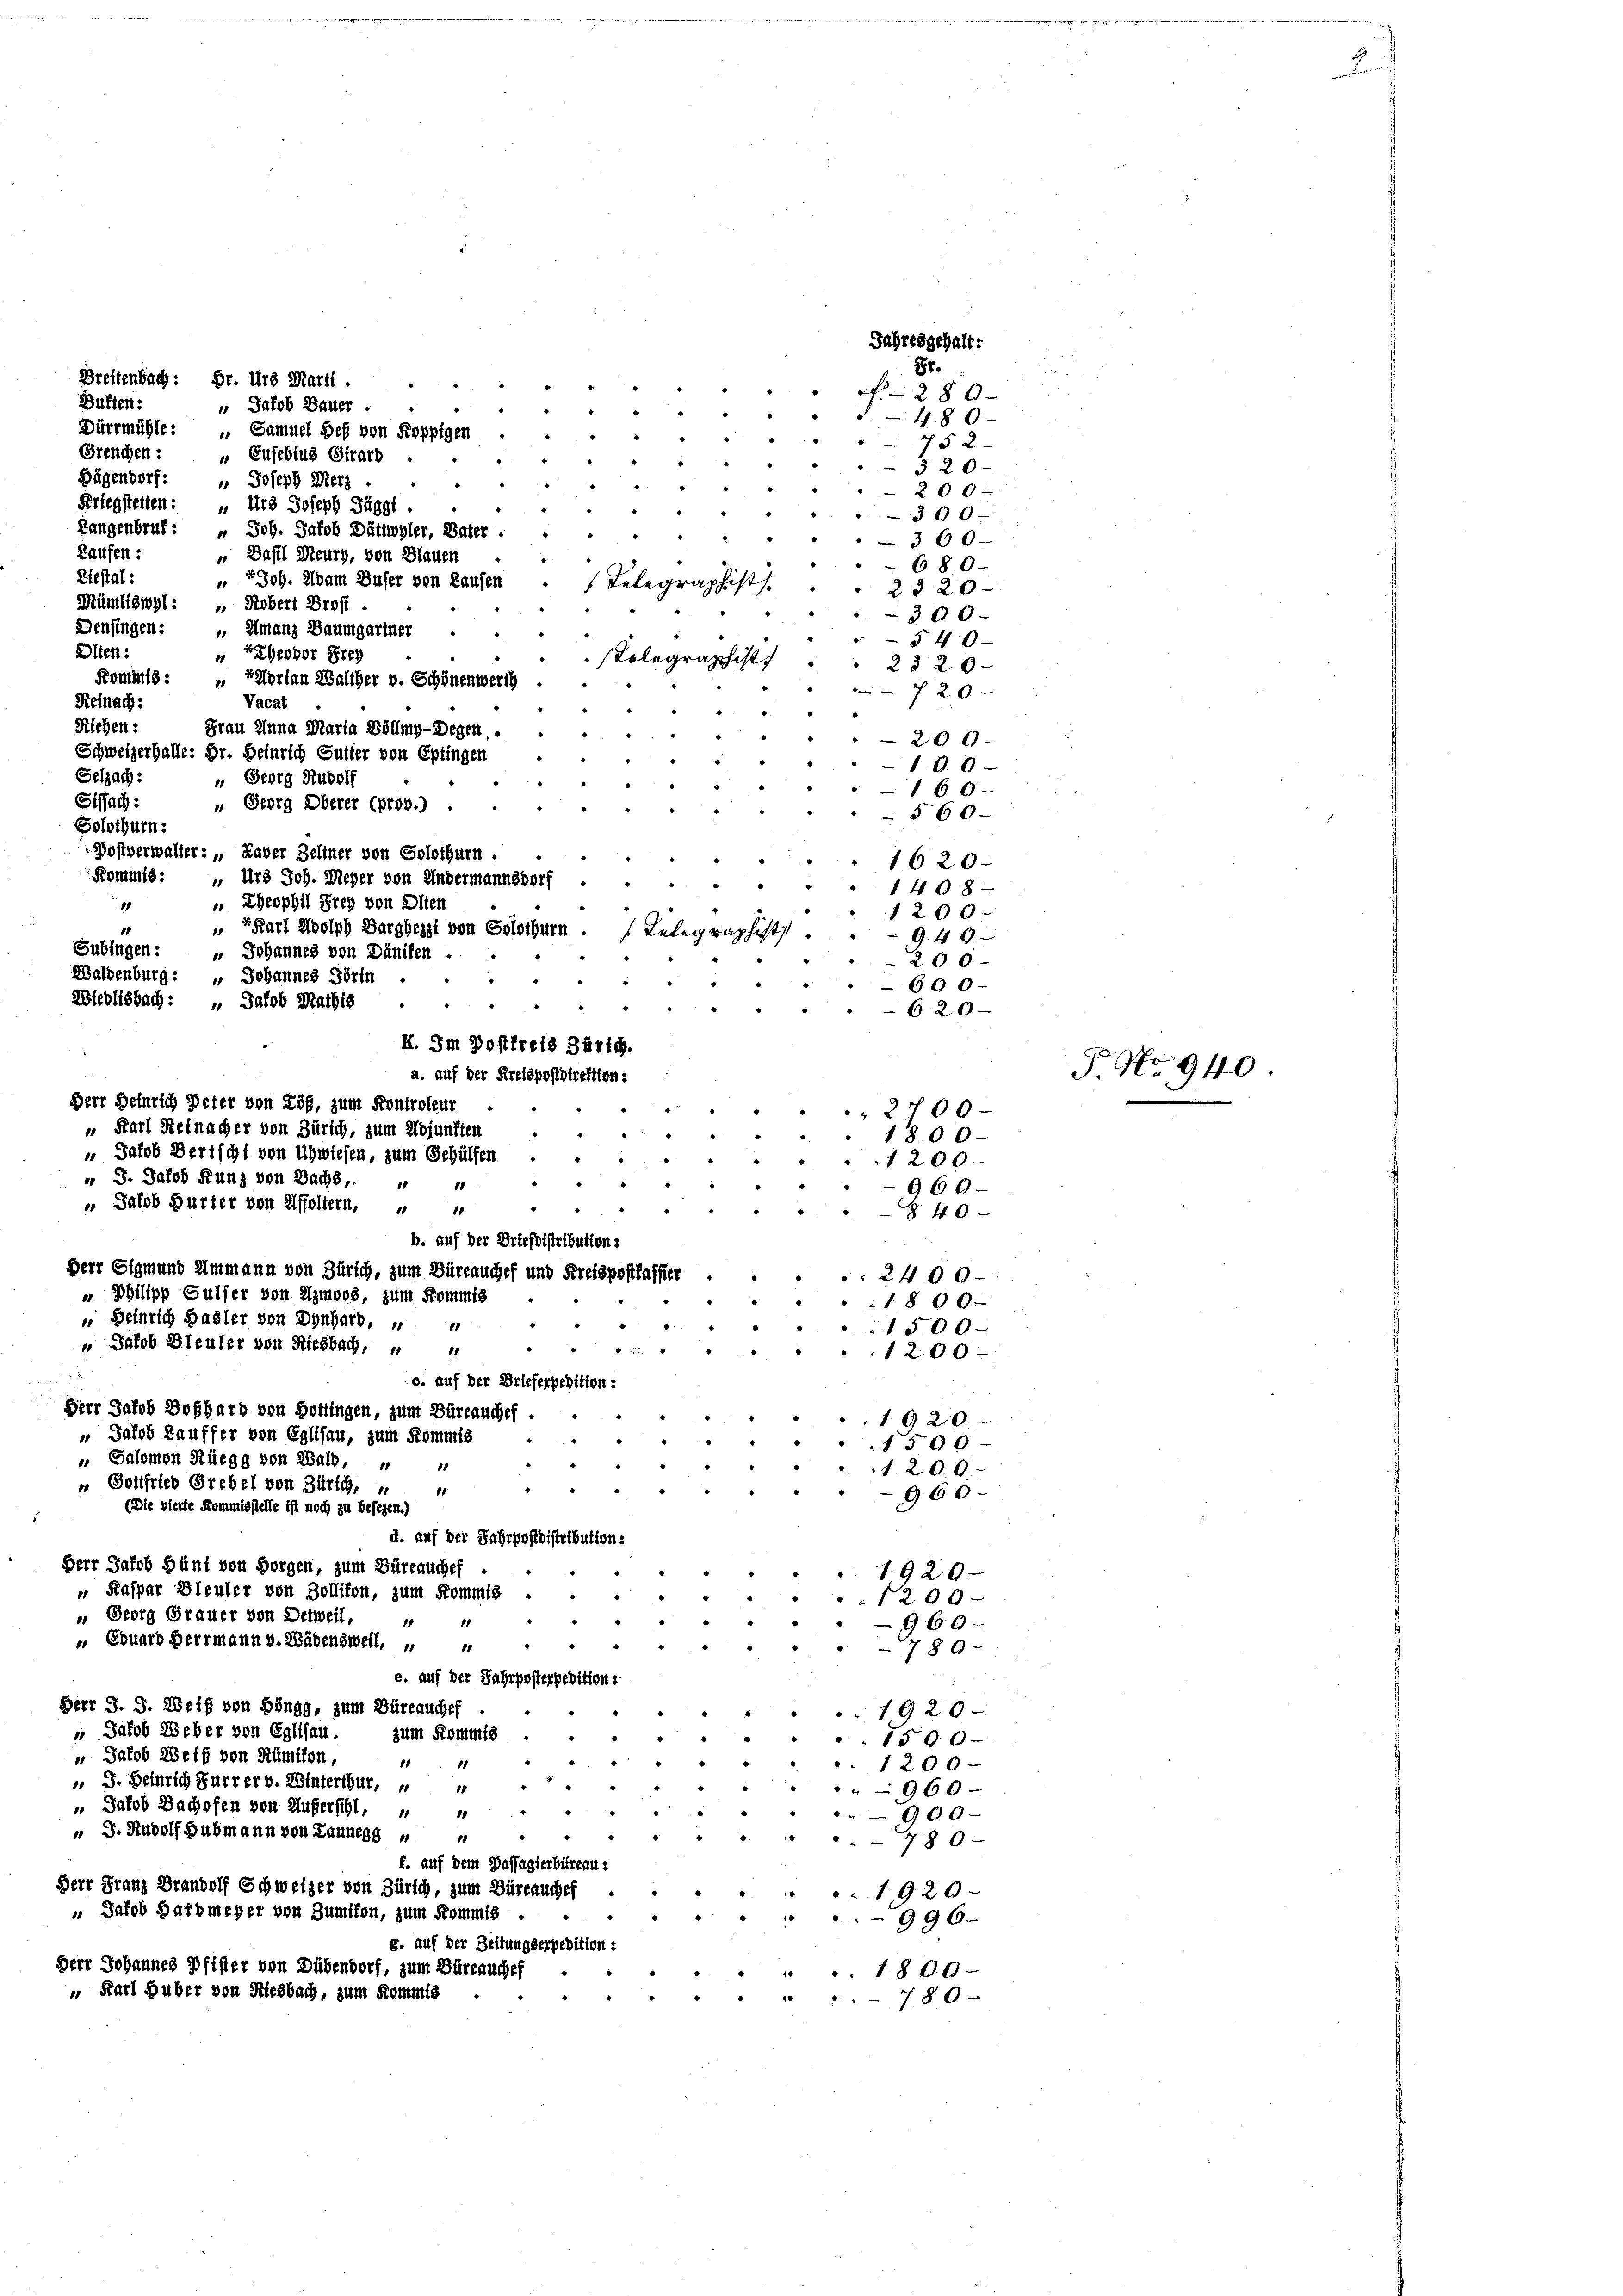
Düften:
Dürrmühle: „ Samuel Heß von Koppigen
752
Frenchen:
„ Eusebius Strarb
§ 20
Fügendorf: " Joseph Merz
200
Perlegstetten: „Urs Joseph Jäggl.
300
Langenbruf: „Joh. Jakob Dättwyler, Vater .
360
Laufen:
„Das Meurg, von Blauen
680
Etestal:
 Joh. Adam Buser von Laufen
bist.
2320
Mümliswyl : „ Robert Broff
300
Denfingen: „Umanz Baumgartner
§ 40
Diien:
 BEheodor Prei
aphist
2320
Kommt: „Talorian Walther v. Schönenwerth
720
Vacat
Selnach:
Klehen:
Frau Anna Maria Böllmy-Degen.
20 0
Schweizerhalle: Dr. Heinrich Sutter von Eptingen
100
Selzach:
 Georg Rudolf
160
Siffach:
 Georg Oberer (prov.)
§60.
Solothurn.
1620
1498
 Theophil Frey von Olten
11
1200
 Karl Adolph Dargheizt von Solothurn.
10
Telegraphist
9. 49.
Subingen: " Johannes von Däniken .
200
Waldenburg: " Johannes Törtn
600
Wteolisbach: „Jakob Mathis
620
X. Im Postfreis Zürich.
a. auf der Kreispostdirektion:
Herr Heinrich Peter von Lös, zum Kontroleur
 2700
 Karl Reinacher von Zürich, zum Mojunften
1800
 Jakob Bertscht von Uhwiesen, zum Gehülfen
1200
u 3. Jakob Kunz von Bachs, " "
960.
 Jakob Hurter von Affoltern, " "
e
840
b. auf der Briefbistribution:
Der Sigmund Ammann von Zürich, zum Büreauches und Kreispostlasser
2400.
 Philipp Gulser von Imoos, zum Kommis
1800.
 Heinrich Hasler von Dynhard,
1500.
 Jakob Bleuler von Riesbach,
1200
c. auf der Brieferpedition:
Herr Jakob Boßhard von Hottingen, zum Büreauchef.
1920.
“ Jakob Lauffer von Eglisau, zum Kommis
1500

Breitenbach: Dr. Urs Marti.

Salomon Rüegg von Wald, „
10
. 1. 209.
u Gottfried Grebel von Zürich, u
1
960
(Die vierte Kommisstelle ist noch zu besezen.)
d. auf der Fahrpostdistribution:
Herr Jakob Hünt von Horgen, zum Büreauchef
1920.
 Kaspar Bleuler von Zollikon, zum Kommis
"
1209
„ Seorg Grauer von Detwelt. " "
960.
Exuard Herrmann v. Wädensweil, " "
789-
e. auf der Jahrposterpedition:

“ Jakob Bauer

Postverwalter: „Daver Zeltner von Solothurn.
Kommis: „Urs Joh. Meyer von Andermannsdorf

Jahresgehalt:
81.
280.
480

Herr J. J. Weib von Höngg, zum Büreauches
1920
 Jakob Weber von Eglisau.
zum Kommis
1500
 Jakob Weff von Rümikon,
.
1
11
1200
 J. Heinrich Furrer v. Winterthur,
11
960
„ Jakob Bachofen von Huberschl,
4
18
900
" J. Rudolf Hubmann von Lannegg u "
 " " " 780
f. auf dem Passagterbüreau.
Herr Franz Brandolf Schweizer von Zürich, zum Düreauches
e
1920
 Jakob Hardmeyer von Zunfton, zum Kommis
996.
g. auf der Zeitungserpedition:
Herr Johannes Pfister von Dübendorf, zum Dürraucher
.1800.
" Karl Huber von Riesbach, zum Kommis
" " " " 780

P. No 940.